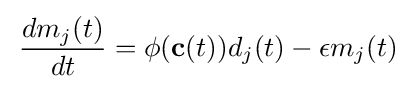
\,{\frac {dm_{j}(t)}{dt}}=\phi ({\textbf {c}}(t))d_{j}(t)-\epsilon m_{j}(t)